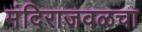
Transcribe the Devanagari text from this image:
मंदिराजवळचा